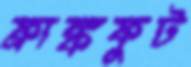
ফ্রাঙ্কফুট